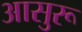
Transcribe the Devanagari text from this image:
आसुरू